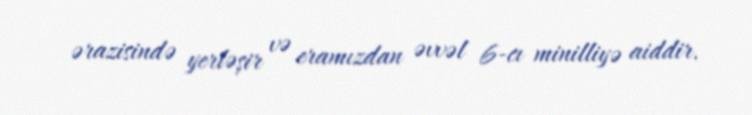
ərazisində yerləşir və eramızdan əvvəl 6-cı minilliyə aiddir.